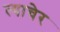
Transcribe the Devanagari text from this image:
त्याचेर